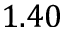
1 . 4 0